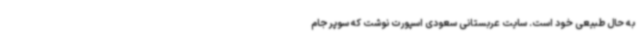
به حال طبیعی خود است. سایت عربستانی سعودی اسپورت نوشت که سوپر جام